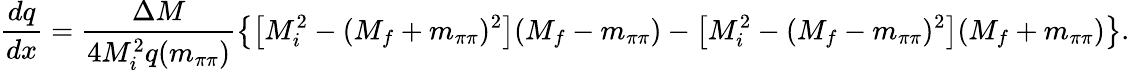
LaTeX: \frac{dq}{dx}=\frac{\Delta M}{4M_{i}^{2}q(m_{\pi\pi})}\left\{ \left[M_{i}^{2}-(M_{f}+m_{\pi\pi})^{2}\right](M_{f}-m_{\pi\pi})-\left[M_{i}^{2}-(M_{f}-m_{\pi\pi})^{2}\right](M_{f}+m_{\pi\pi})\right\} .